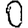
Digit: 0